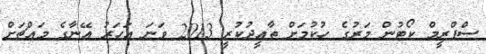
ސްޕްރީމް ކޯޓުން މަރުގެ ހުކުމަށް ތާއީދުކުރީ 2013 ވަނަ އަހަރު އޭނާގެ މައްޗަށް